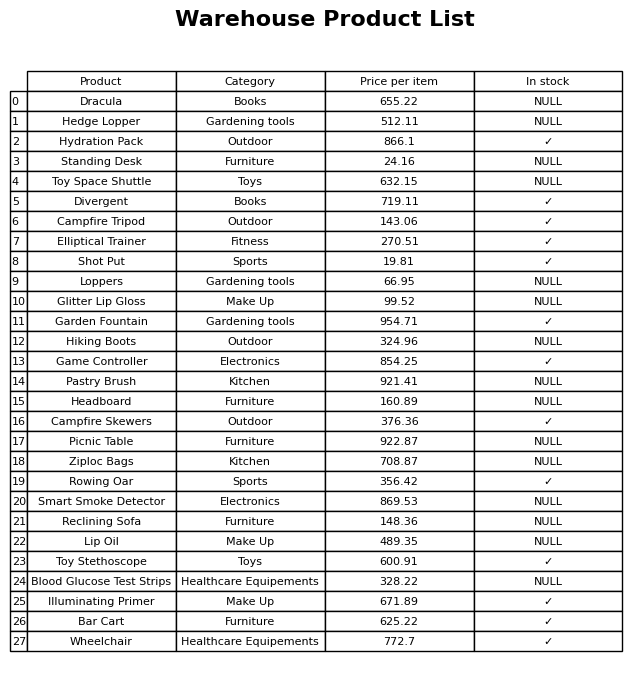
question: What is the price for Smart Smoke Detector?
answer: The price of Smart Smoke Detector is 869.53.